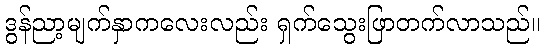
ဒွန်ညာ့မျက်နှာကလေးလည်း ရှက်သွေးဖြာတက်လာသည်။